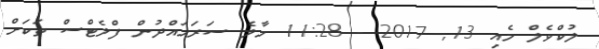
ލުކްވެލް މެއި 13